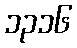
၁၃၁၆